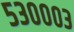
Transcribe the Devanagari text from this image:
५३०००३